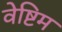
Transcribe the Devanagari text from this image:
वेष्टिम